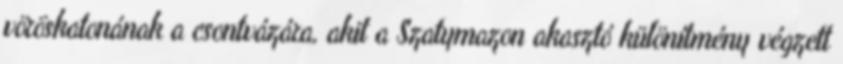
vöröskatonának a csontvázára, akit a Szatymazon akasztó különítmény végzett